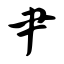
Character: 肀